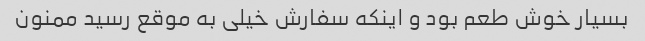
بسیار خوش طعم بود و اینکه سفارش خیلی به موقع رسید ممنون